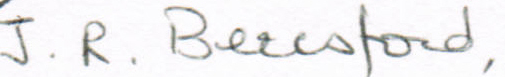
J.R. BEccsford,